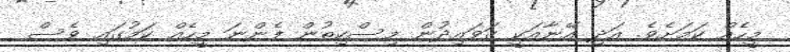
މީހެއް ކަމަށެވެ. އަދި އޭނާއަކީ ގަވައިދުން މިސްކިތުން ފެންނަ މީހެއް ކަމުގައި ވެސް